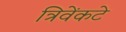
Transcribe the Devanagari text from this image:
त्रिवेंकटे